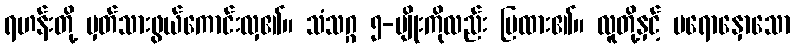
ရဟန်းတို့ မှတ်သားဖွယ်ကောင်းလှ၏။ သံသဂ္ဂ ၅-မျိုးကိုလည်း ပြထား၏။ လူတို့နှင့် မရောနှောသော